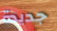
جديدة